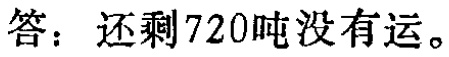
答：还剩720吨没有运。